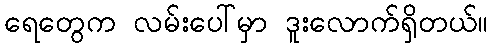
ရေတွေက လမ်းပေါ်မှာ ဒူးလောက်ရှိတယ်။